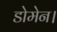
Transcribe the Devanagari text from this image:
डोमेन।